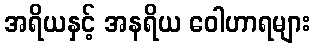
အရိယနှင့် အနရိယ ဝေါဟာရများ